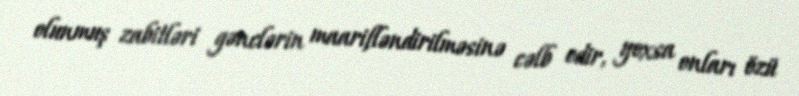
olunmuş zabitləri gənclərin maarifləndirilməsinə cəlb edir, yoxsa onları özü